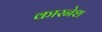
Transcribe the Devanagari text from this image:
कारनेश